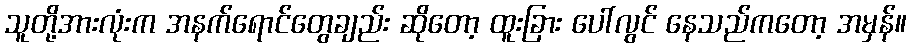
သူတို့အားလုံးက အနက်ရောင်တွေချည်း ဆိုတော့ ထူးခြား ပေါ်လွင် နေသည်ကတော့ အမှန်။